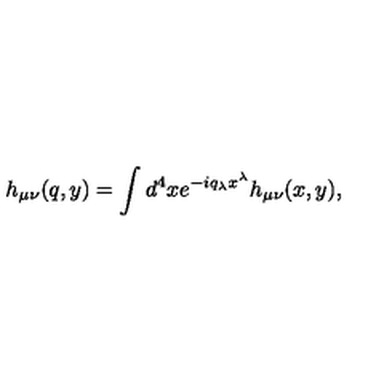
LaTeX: h _ { \mu \nu } ( q , y ) = \int d ^ { 4 } x e ^ { - i q _ { \lambda } x ^ { \lambda } } h _ { \mu \nu } ( x , y ) ,